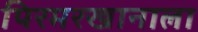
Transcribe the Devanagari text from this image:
पिरमरखानाला